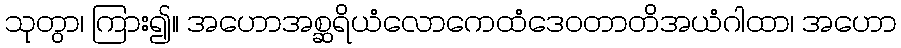
သုတွာ၊ ကြား၍။ အဟောအစ္ဆရိယံလောကေထံဒေဝတာတိအယံဂါထာ၊ အဟော